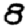
Digit: 8